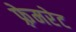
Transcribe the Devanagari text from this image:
फ़्रेमरेट